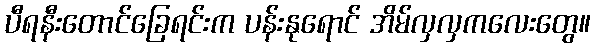
ပီရနီးတောင်ခြေရင်းက ပန်းနုရောင် အိမ်လှလှကလေးတွေ။